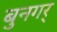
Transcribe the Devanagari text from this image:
बुनगर्